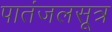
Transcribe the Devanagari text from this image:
पातंजलसूत्र